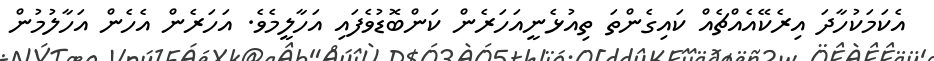
އެކަމަކުހާދަ އިރެކޭއެއްޗެއް ކައިގެންތަ ތިއުޅެނީއަހަރެން ކަންބޮޑުވެފައި އަހާލީމެވެ. އަހަރެން އެހެން އަހާލުމުން